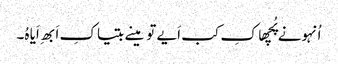
اُنہونے پُچھا کِ کب اَیے تو مینے بتیا کِ اَبھِ اَیا ہُ۔